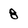
Character: 8